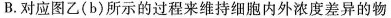
B. 对应图乙(b)所示的过程来维持细胞内外浓度差异的物